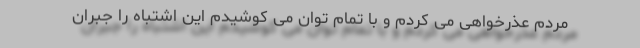
مردم عذرخواهی می کردم و با تمام توان می کوشیدم این اشتباه را جبران